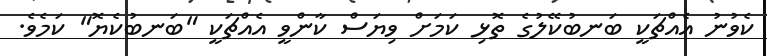
ކެވުނު އެއްޗަކީ ބަނބުކޭލުގެ ތޮޅި ކަމަށް ވިޔަސް ކާންވީ އެއްޗަކީ "ބަނބުކެޔޮ" ކަމެވެ.